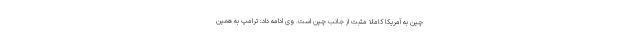
چین به آمریکا کاملا مثبت از جانب چین است. وی ادامه داد: ترامپ به همین